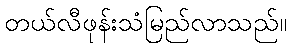
တယ်လီဖုန်းသံမြည်လာသည်။